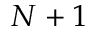
N + 1